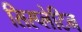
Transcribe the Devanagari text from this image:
सिस्प्लेटिन